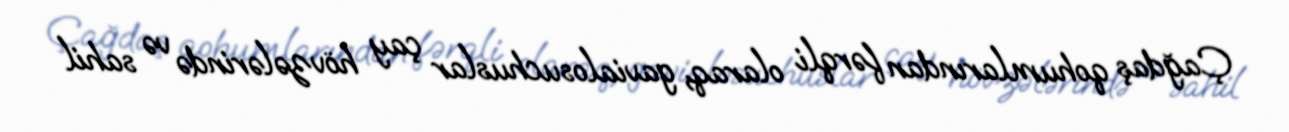
Çağdaş qohumlarından fərqli olaraq, gavialosuchuslar çay hövzələrində və sahil